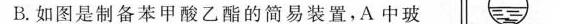
D. 分子式为 C_{9}H_{10}O_{2} ，含有苯环且能与饱和 NaHCO_{3} ，溶液反应